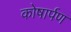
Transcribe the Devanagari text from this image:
कोषार्पण